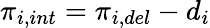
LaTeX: \pi_{i,int}=\pi_{i,del}-d_{i}